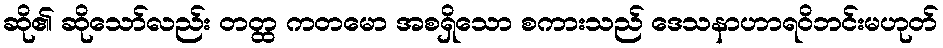
ဆို၏ ဆိုသော်လည်း တတ္ထ ကတမော အစရှိသော စကားသည် ဒေသနာဟာရဝိဘင်းမဟုတ်